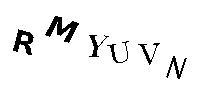
RMYUVN